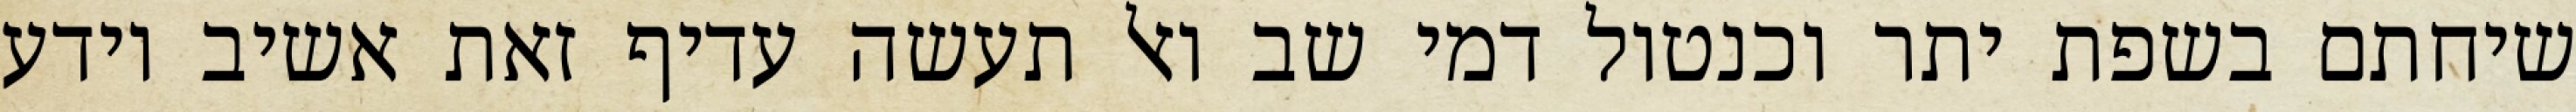
שיחתם בשפת יתר וכנטול דמי שב ואל תעשה עדיף זאת אשיב יודע